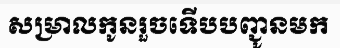
សម្រាលកូនរួចទើបបញ្ជូនមក